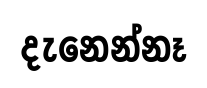
දැනෙන්නෑ